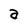
Character: a